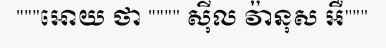
"""អោយ ថា """" ស៊ីល វ៉ានុស អឺ"""